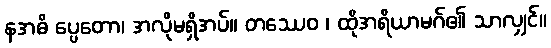
နအဓိ ပ္ပေတော၊ အလိုမရှိအပ်။ တဿေဝ ၊ ထိုအရိယာမဂ်၏ သာလျှင်။